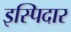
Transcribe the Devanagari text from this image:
इस्पिदार